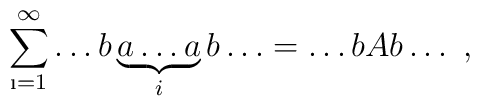
\sum_{\i=1}^\infty \dots b\underbrace{a\dots a}_ib\dots =\dots b Ab\dots \ ,